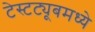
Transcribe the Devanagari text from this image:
टेस्टट्यूबमध्ये